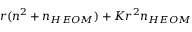
r ( n ^ { 2 } + n _ { H E O M } ) + K r ^ { 2 } n _ { H E O M }